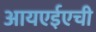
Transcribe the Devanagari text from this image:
आयएईएची